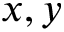
x , y